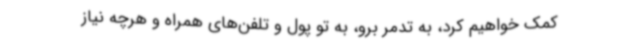
کمک خواهیم کرد، به تدمر برو، به تو پول و تلفن‌های همراه و هرچه نیاز